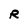
Character: R